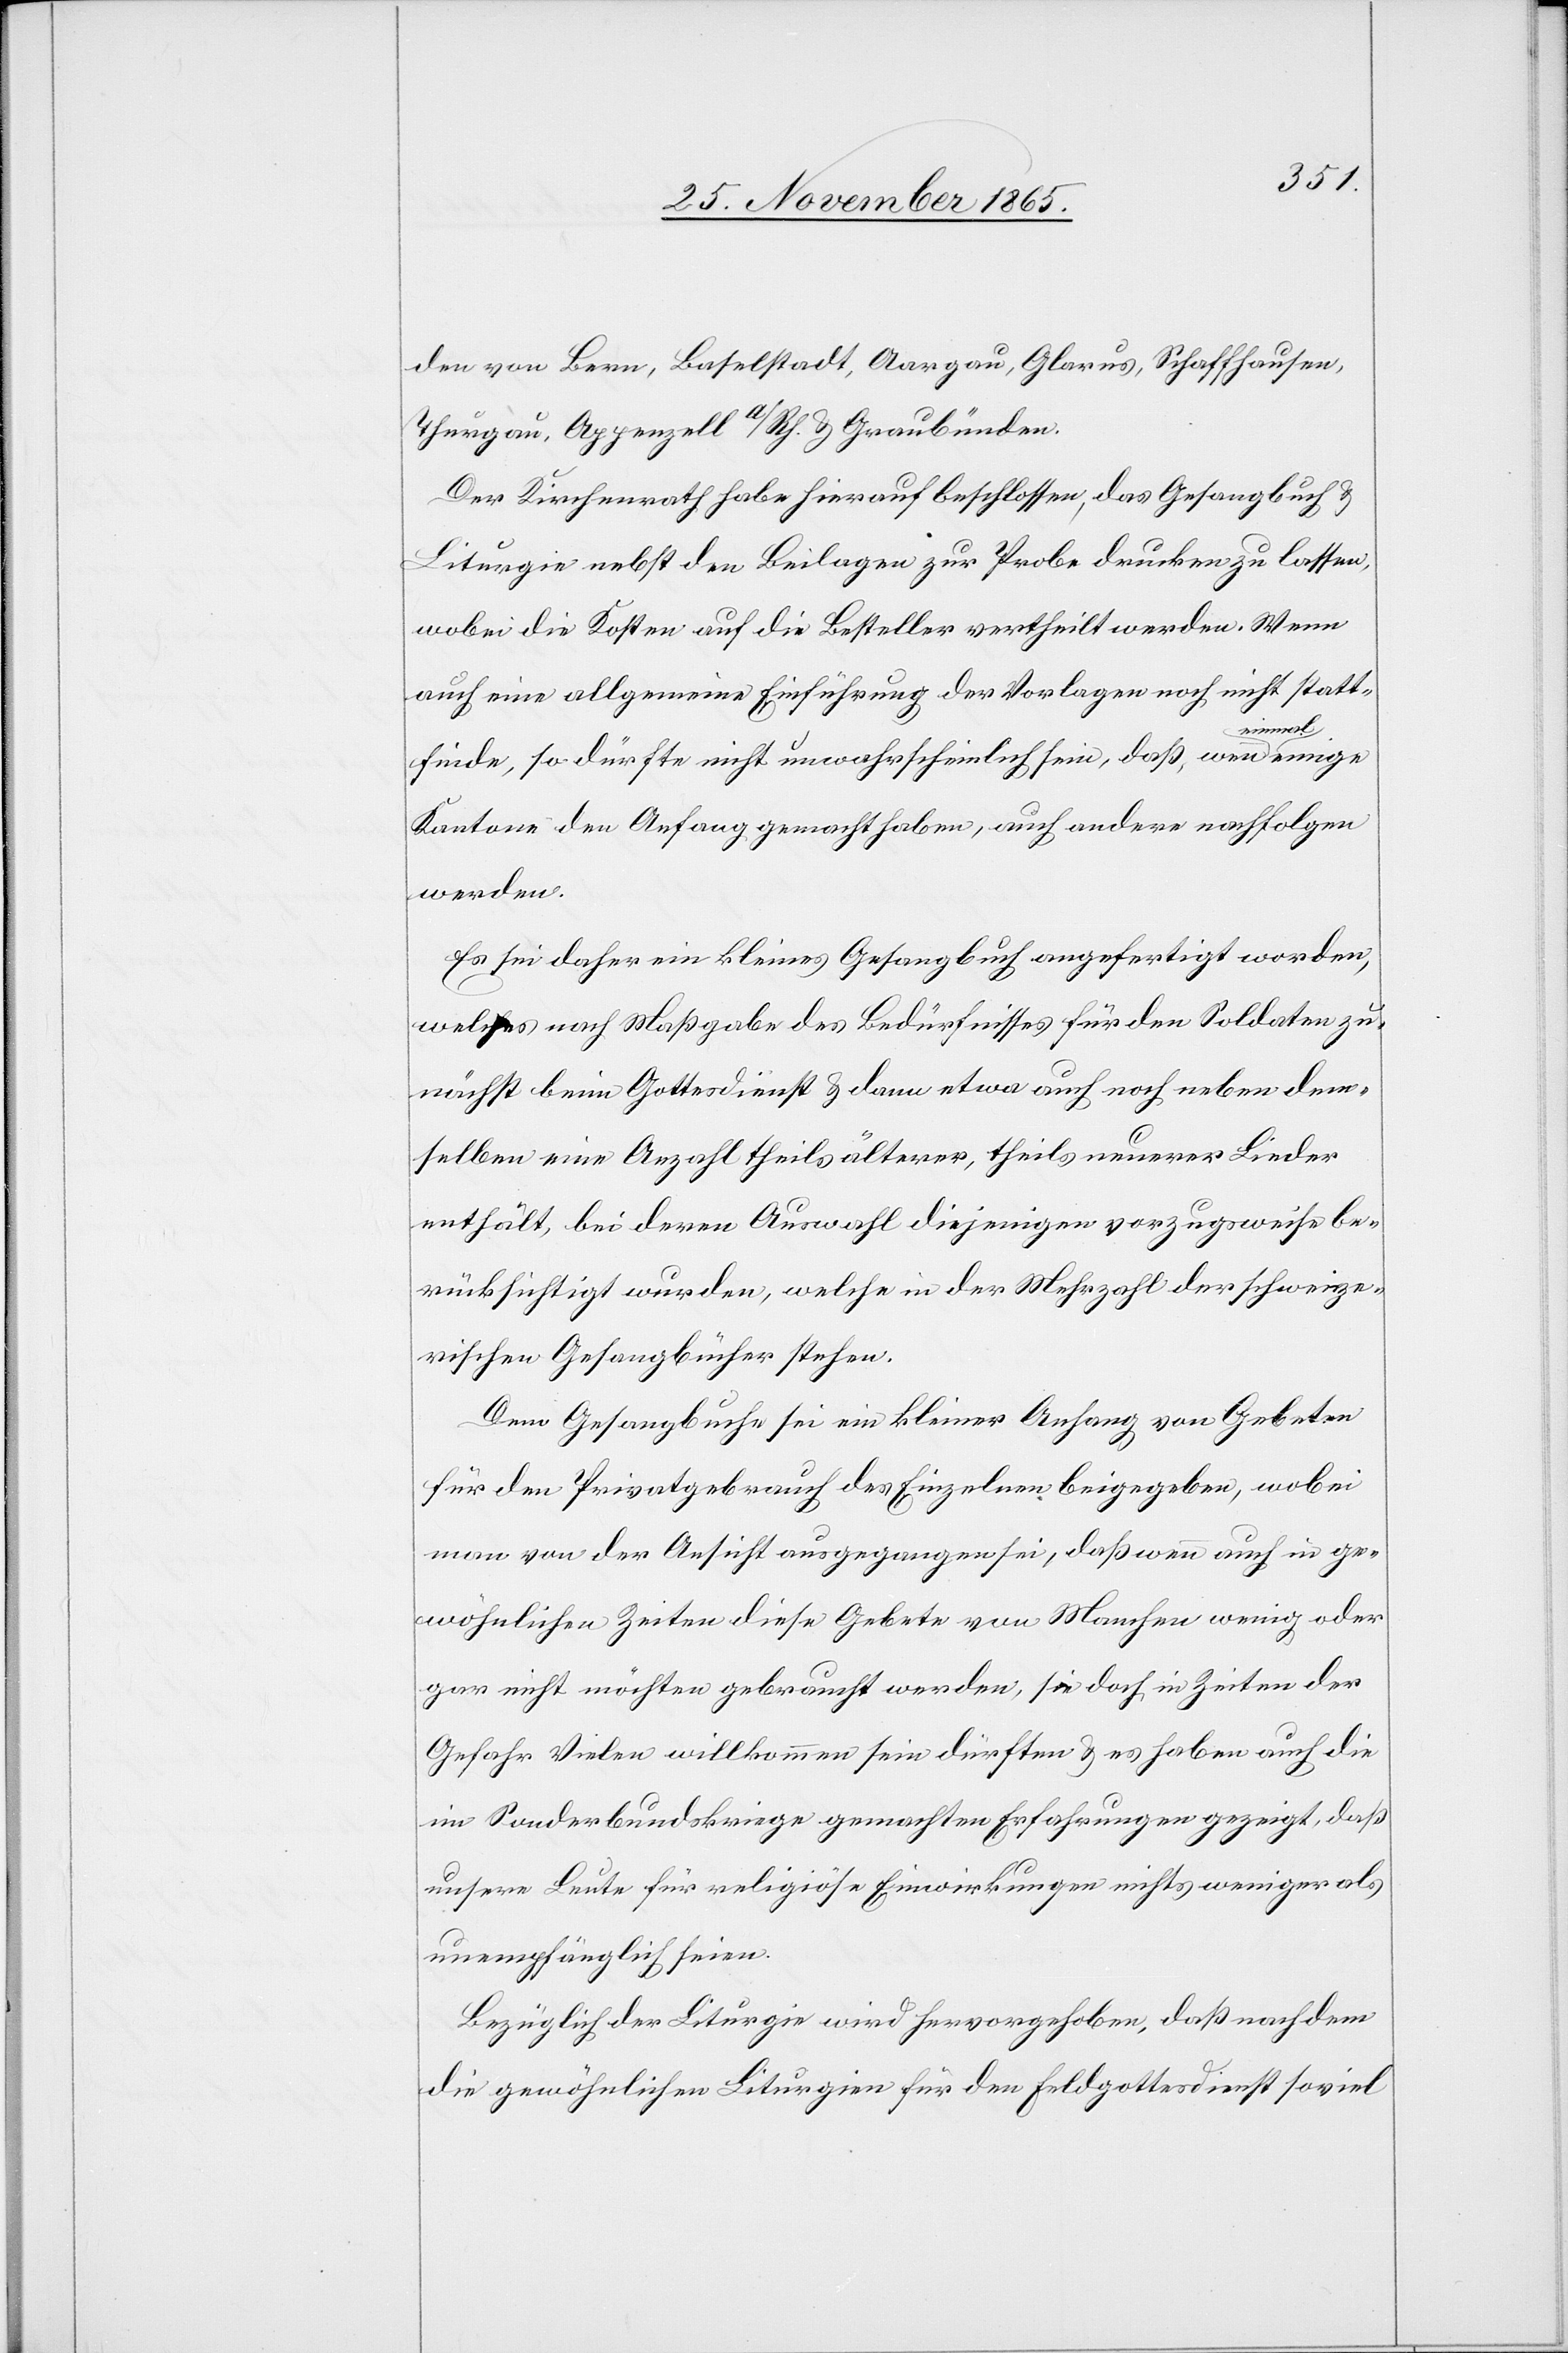
den von Bern, Baselstadt, Aargau, Glarus, Schaffhausen,
Thurgau, Appenzell a/Rh. & Graubünden.
Der Kirchenrath habe hierauf beschlossen, das Gesangbuch &
Liturgie nebst den Beilagen zur Probe drucken zu lassen,
wobei die Kosten auf die Besteller vertheilt werden. Wenn
auch eine allgemeine Einführung der Vorlage noch nicht statt¬
ige
finde, so dürfte nicht unwahrscheinlich sein, daß wenn a-ein¬
Kanton den Anfang gemacht haben, auch andere nachfolgen
werden.
Es sei daher ein kleines Gesangbuch angefertigt worden,
welches nach Maßgabe des Bedürfnisses für den Soldaten zu¬
nächst beim Gottesdienst & dann etwa auch noch neben dem¬
selben eine Anzahl theils älterer, theils neuerer Lieder
enthält, bei deren Auswahl diejenigen vorzugsweise be¬
rücksichtigt wurden, welche in der Mehrzahl der schweize¬
rischen Gesangbücher stehen.
Dem Gesangbuche sei ein kleiner Anhang von Gebeten
für den Privatgebrauch des Einzelnen beigegeben, wobei
man von der Ansicht ausgegangen sei, daß wenn auch in ge¬
wöhnlichen Zeiten diese Gebete von Manchen wenig oder
gar nicht möchten gebraucht werden, sie doch in Zeiten der
Gefahr Vielen willkommen sein dürften & es haben auch die
im Sonderbundskriege gemachten Erfahrungen gezeigt, daß
unsere Leute für religiöse Einwirkungen nichts weniger als
unempfänglich seien.
Bezüglich der Liturgie wird hervorgehoben, daß nachdem
die gewöhnlichen Liturgien für den Feldgottesdienst soviel